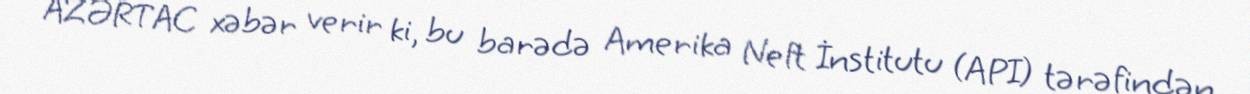
AZƏRTAC xəbər verir ki, bu barədə Amerika Neft İnstitutu (API) tərəfindən